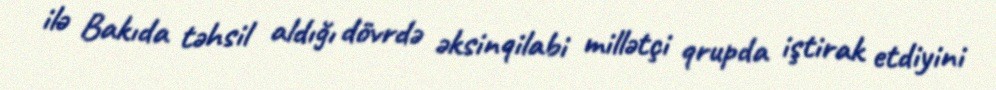
ilə Bakıda təhsil aldığı dövrdə əksinqilabi millətçi qrupda iştirak etdiyini